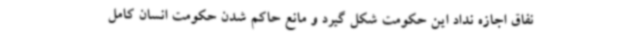
نفاق اجازه نداد این حکومت شکل گیرد و مانع حاکم شدن حکومت انسان کامل